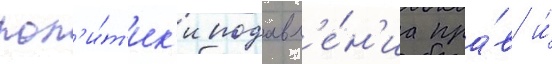
пол'и́т'ик'и подавл'е́н'иа пра́в и́